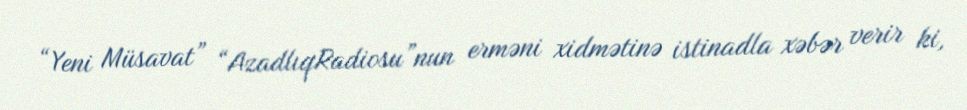
“Yeni Müsavat” “AzadlıqRadiosu”nun erməni xidmətinə istinadla xəbər verir ki,